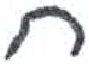
אות: ח